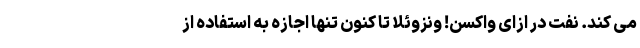
می کند. نفت در ازای واکسن! ونزوئلا تا کنون تنها اجازه به استفاده از